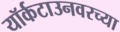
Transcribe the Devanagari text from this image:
यॉर्कटाउनवरच्या